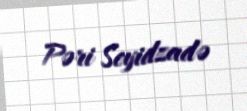
Pəri Seyidzadə